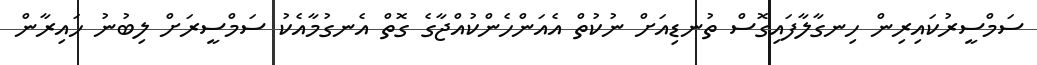
ސަމްސީރުކައިރިން ހިނގާލާފައިގޮސް ތުނޑިއަށް ނުކުތް އެއަންހެންކުއްޖާގެ ގޮތް އެނގުމާއެކު ސަމްސީރަށް ލިބުނު ހައިރާން